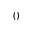
0